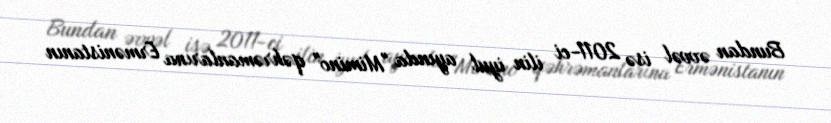
Bundan əvvəl isə 2011-ci ilin iyul ayında "Mimino" qəhrəmanlarına Ermənistanın